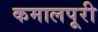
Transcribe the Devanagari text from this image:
कमालपूरी